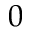
0